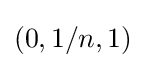
(0,1/n,1)